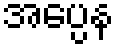
အပ္ပေန